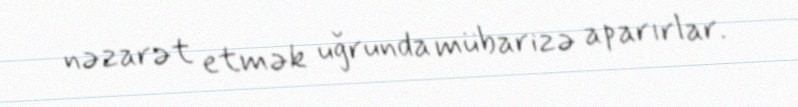
nəzarət etmək uğrunda mübarizə aparırlar.